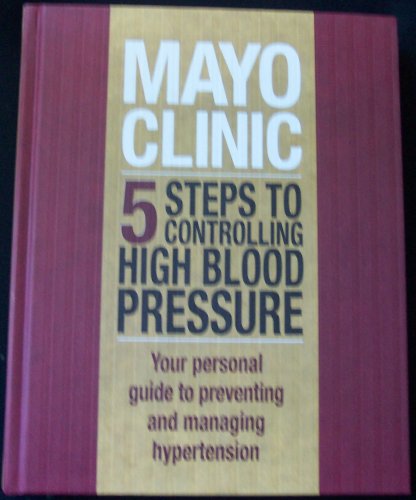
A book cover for MAYO CLINIC 5 Steps To Controlling High Blood Pressure, Your Personal Guide to Preventing and Managing Hypertension; Health, Fitness & Dieting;